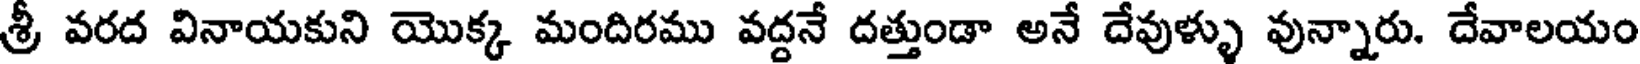
శ్రీ వరద వినాయకుని యొక్క మందిరము వద్దనే దత్తుండా అనే దేవుళ్ళు వున్నారు. దేవాలయం